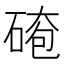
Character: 𪿤